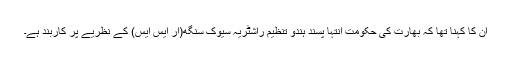
ان کا کہنا تھا کہ بھارت کی حکومت انتہا پسند ہندو تنظیم راشٹریہ سیوک سنگھ(آر ایس ایس) کے نظریے پر کاربند ہے۔